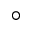
^ \circ